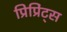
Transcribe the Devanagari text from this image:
प्रिप्रिंट्स